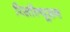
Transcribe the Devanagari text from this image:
रिसॉल्यूशन